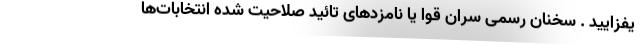
یفزایید . سخنان رسمی سران قوا یا نامزدهای تائید صلاحیت شده انتخابات‌ها